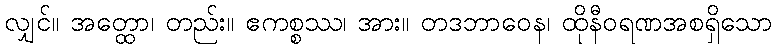
လျှင်။ အတ္ထော၊ တည်း။ ဧကစ္စဿ၊ အား။ တဒဘာဝေန၊ ထိုနီဝရဏအစရှိသော